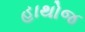
હાથોજ